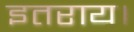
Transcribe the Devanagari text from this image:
इतराय।